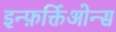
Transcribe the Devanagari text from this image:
इन्फ़र्क्तिओन्स